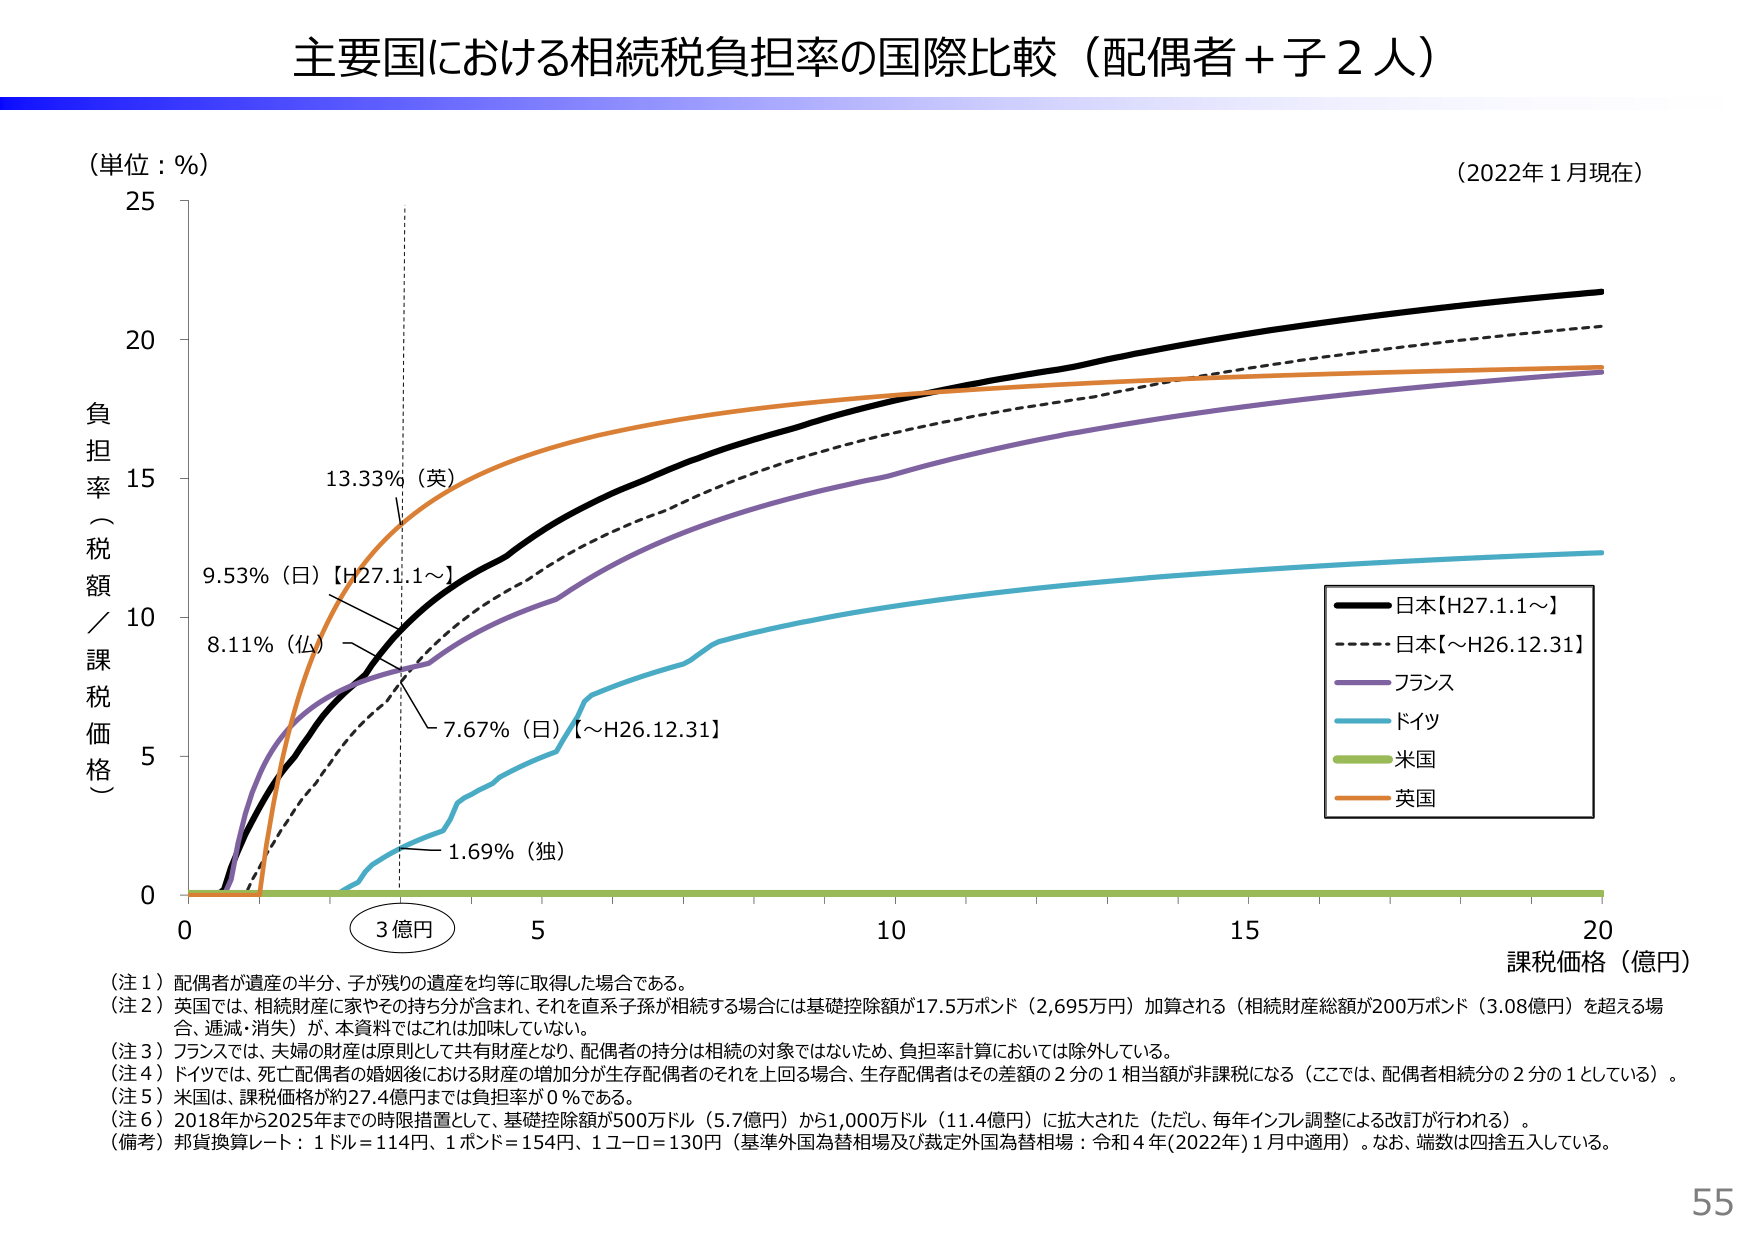
主要国における相続税負担率の国際比較（配偶者＋子２人）

（単位：％）
（2022年１月現在）

負担率（税額／課税価格）
0
5
10
15
20
25

課税価格（億円）
0
3億円
5
10
15
20

9.53％（日）【H27.1.1～】
8.11％（仏）
13.33％（英）
7.67％（日）【～H26.12.31】
1.69％（独）

■日本【H27.1.1～】
■■■■■日本【～H26.12.31】
■■■■■フランス
■■■■■ドイツ
■■■■■米国
■■■■■英国

（注１）配偶者が遺産の半分、子が残りの遺産を均等に取得した場合である。
（注２）英国では、相続財産に家やその持ち分が含まれ、それを直系子孫が相続する場合には基礎控除額が17.5万ポンド（2,695万円）加算される（相続財産総額が200万ポンド（3.08億円）を超える場合、逓減・消失）が、本資料ではこれは加味していない。
（注３）フランスでは、夫婦の財産は原則として共有財産となり、配偶者の持分は相続の対象ではないため、負担率計算においては除外している。
（注４）ドイツでは、死亡配偶者の婚後における財産の増加分が生存配偶者のそれを上回る場合、生存配偶者はその差額の２分の１相当額が非課税になる（ここでは、配偶者相続分の２分の１としている）。
（注５）米国は、課税価格が約27.4億円までは負担率が０％である。
（注６）2018年から2025年までの時限措置として、基礎控除額が500万ドル（5.7億円）から1,000万ドル（11.4億円）に拡大された（ただし、毎年インフレ調整による改訂が行われる）。
（備考）邦貨換算レート：1ドル＝114円、1ポンド＝154円、1ユーロ＝130円（基準外国為替相場及び裁定外国為替相場：令和４年（2022年）１月中適用）。なお、端数は四捨五入している。

55